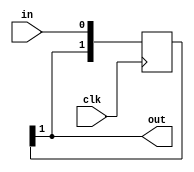
/*
   This file was generated automatically by the Mojo IDE version B1.3.6.
   Do not edit this file directly. Instead edit the original Lucid source.
   This is a temporary file and any changes made to it will be destroyed.
*/

/*
   Parameters:
     DEPTH = NUM_SYNC
*/
module pipeline_19 (
    input clk,
    input in,
    output reg out
  );
  
  localparam DEPTH = 2'h2;
  
  
  reg [1:0] M_pipe_d, M_pipe_q = 1'h0;
  
  integer i;
  
  always @* begin
    M_pipe_d = M_pipe_q;
    
    M_pipe_d[0+0-:1] = in;
    out = M_pipe_q[1+0-:1];
    for (i = 1'h1; i < 2'h2; i = i + 1) begin
      M_pipe_d[(i)*1+0-:1] = M_pipe_q[(i - 1'h1)*1+0-:1];
    end
  end
  
  always @(posedge clk) begin
    M_pipe_q <= M_pipe_d;
  end
  
endmodule